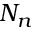
N _ { n }